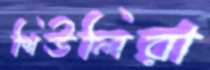
শিউলিরা